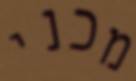
מכני